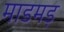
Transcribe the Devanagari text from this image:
माडमड़